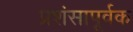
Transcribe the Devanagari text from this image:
प्रशंसापूर्वक